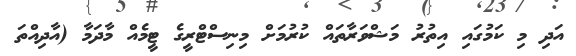
އަދި މި ކަމުގައި އިތުރު މަޝްވަރާތައް ކުރުމަށް މިނިސްޓްރީގެ ޓީމެއް މާދަމާ (އާދިއްތަ